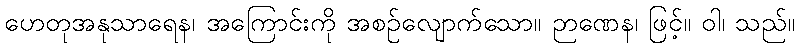
ဟေတုအနုသာရေန၊ အကြောင်းကို အစဉ်လျောက်သော။ ဉာဏေန၊ ဖြင့်။ ဝါ၊ သည်။